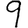
Digit: 9